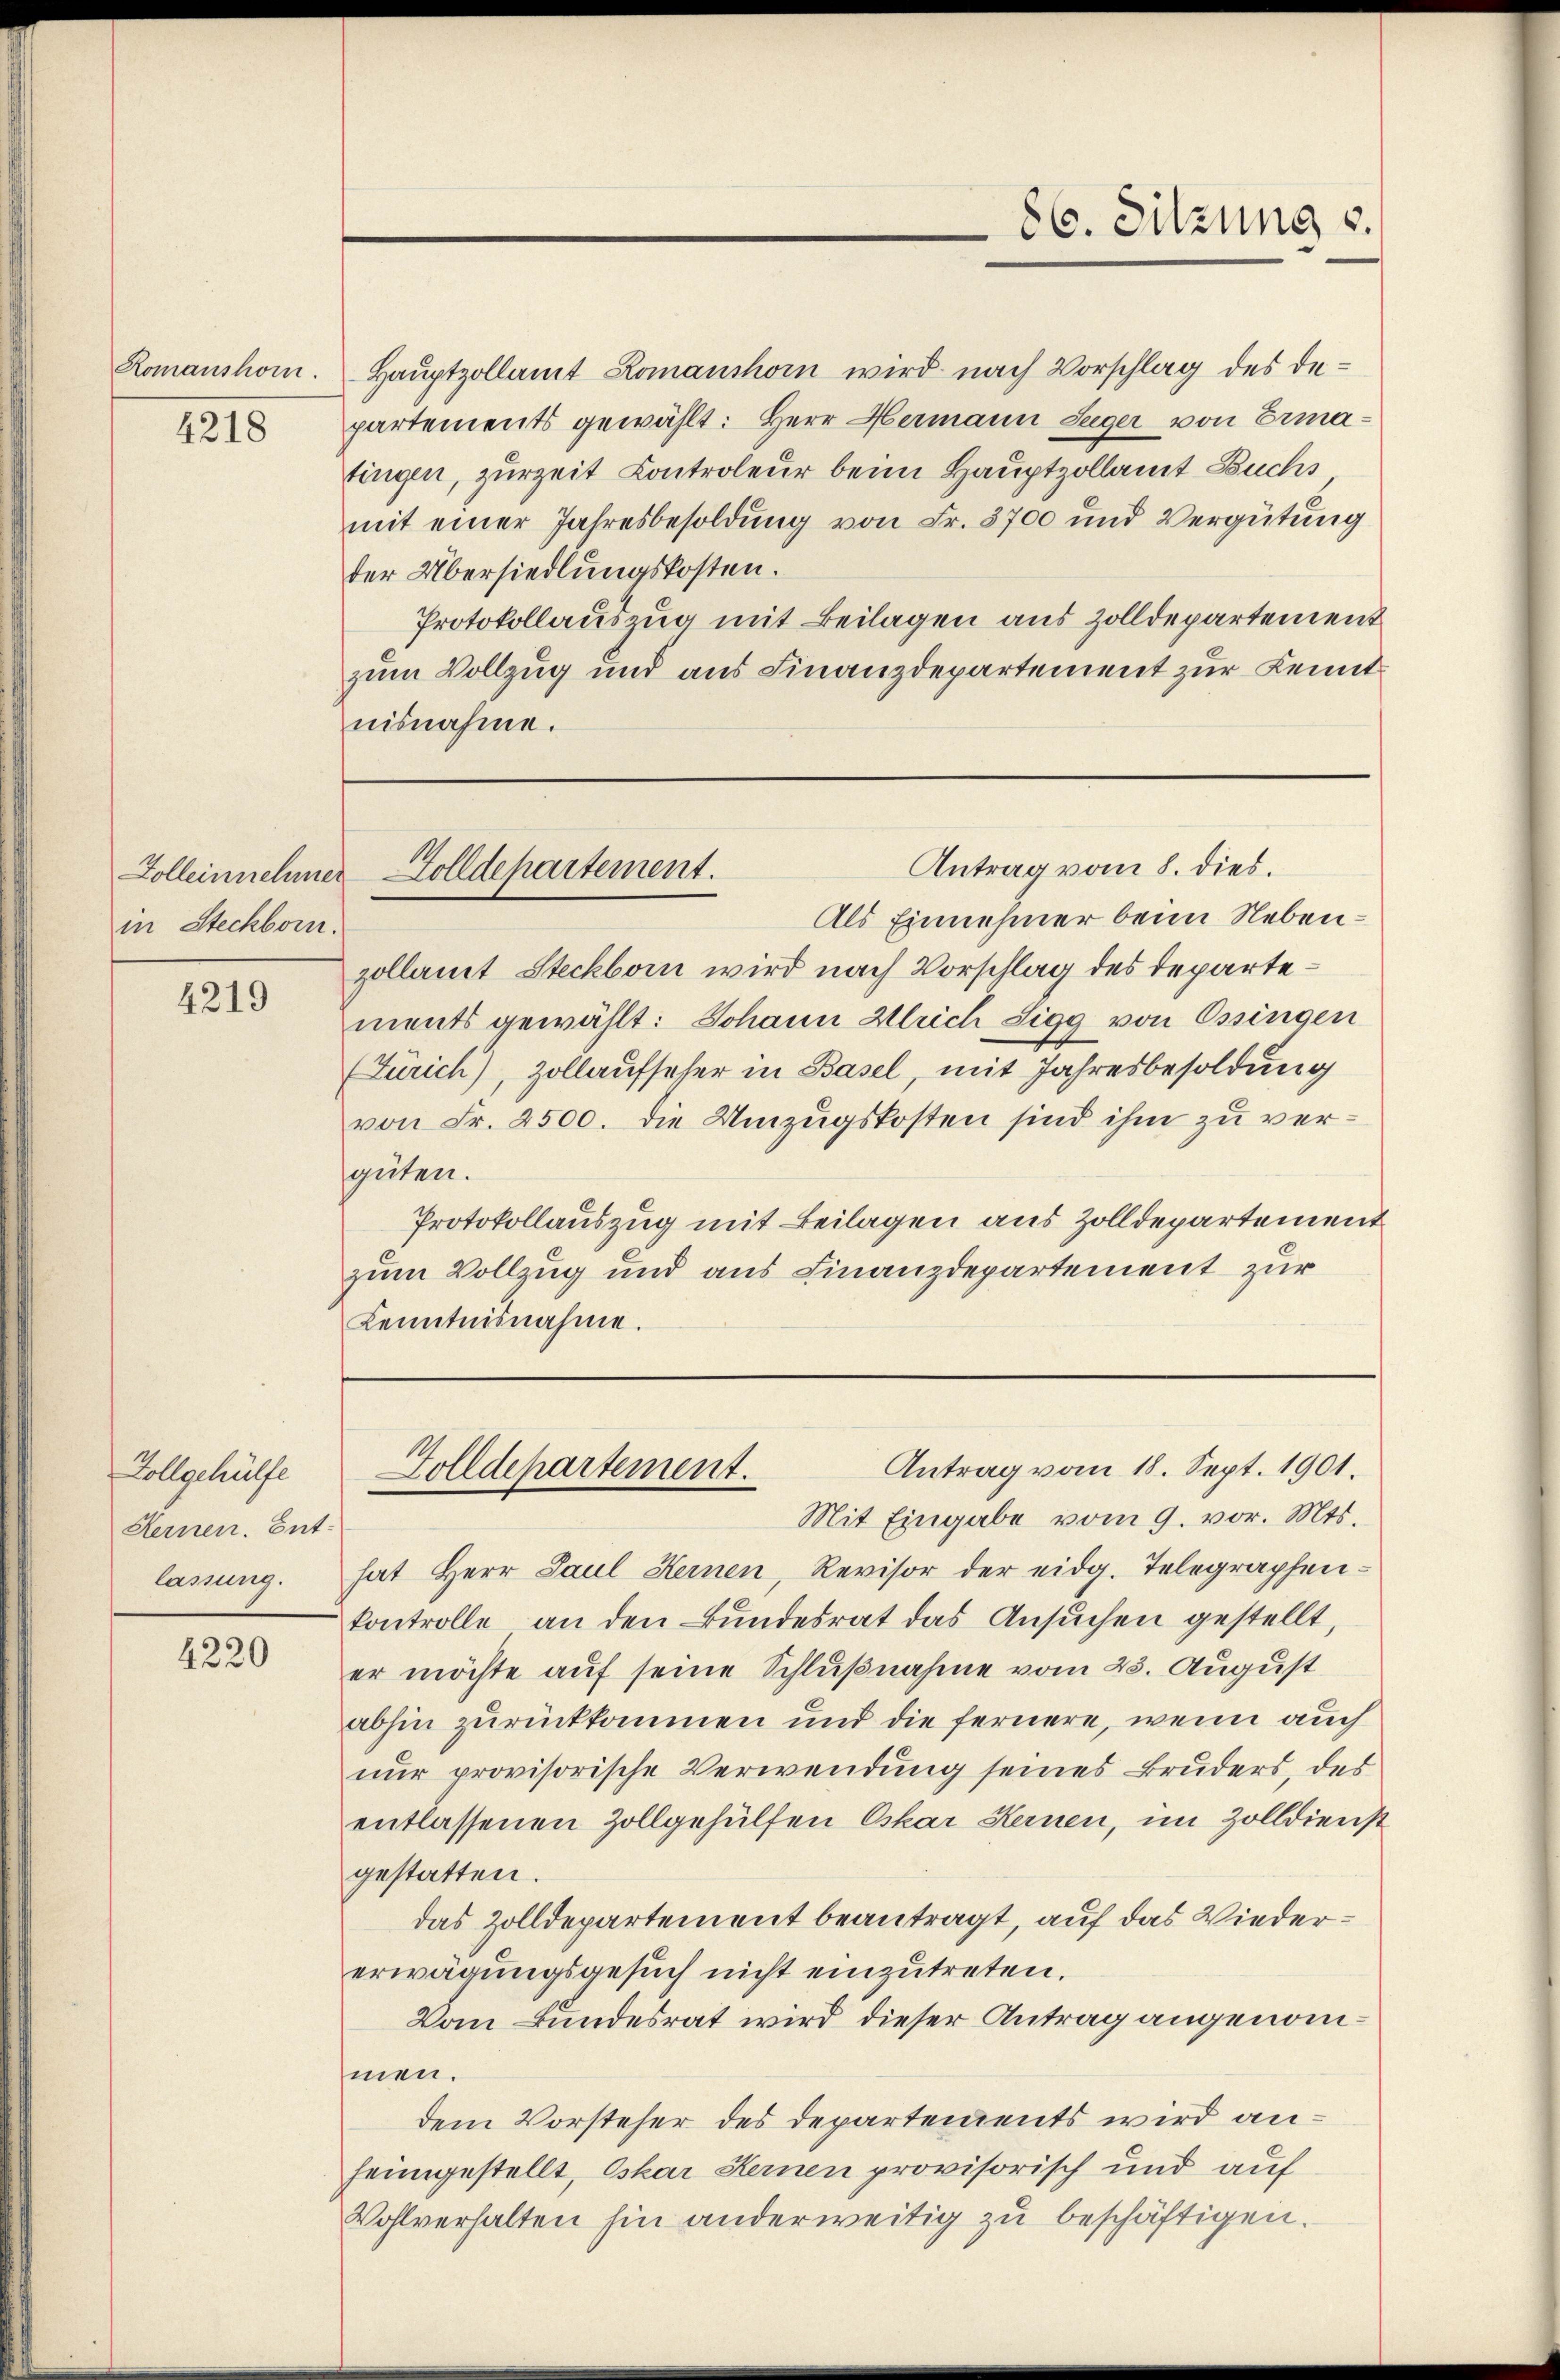
Romanshorn.

4218

in Steckborn.

4219

Vollgehülfe
Kernen. Ent
lassung.

4220

Hauptzollamt Romanshorn wird nach Vorschlag des departements gewählt: Herr Hermann Seeger von Ermafingen, zurzeit Controleur beim Hauptzollamt Buchs
mit einer Jahresbesoldung von Fr. 3700 und Vergütung
der Übersiedlungskosten.
Protokollauszug mit Beilagen aus Zolldepartement
zum Vollzug und aus Finanzdepartement zur Kenntnisnahme.

86. Sitzung s.

Antrag vom 8. dies.
Zolleinnehmer Zolldepartement.

Als Einnehmer beim Nebenzollamt Steckborn wird nach Vorschlag des Departements gewählt: Johann Ulrich Sigg von Ossingen
Zürich), Zollaufseher in Basel, mit Jahresbesoldung
von Fr. 2500. die Umzugskosten sind ihm zu vergüten.
Protokollauszug mit Beilagen aus Zolldepartement
zum Vollzug und aus Finanzdepartement zur
Kenntnisnahme.

Mit Eingabe vom 9. vor. Mts.
hat Herr Paul Kernen, Revisor der eidg. Telegraphen-
kontrolle an den Bundesrat das Ansuchen gestellt,
er möchte auf seine Schlußnahme vom 23. August
abhin zurückkommen und die fernere, wenn auch
nur provisorische Verwendung seines Bruders, des
entlassenen Zollgehülfen Oskar Hernen, im Zolldienst
gestatten.
das Zolldepartement beantragt, auf das Wiedererwägungsgesuch nicht einzutreten.
Vom Bundesrat wird dieser Antrag angenommen.
dem Vorsteher des Departements wird anheimgestellt, Oskar Heinen provisorisch und auf
Wohlverhalten hin anderweitig zu beschäftigen.

Antrag vom 18. Sept. 1901.
Zolldepartement.